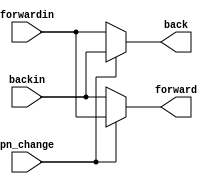
// posi_nege.v

module posi_nege(
                 forward,
                 forwardin,
                 back,
                 backin,
                 pn_change
                 );
input pn_change;

output forward;
input forwardin;

output back;
input backin;

assign forward = (pn_change)? forwardin:backin;
assign back    = (pn_change)? backin:forwardin;


endmodule